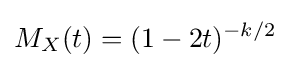
M_{X}(t)=(1-2t)^{-k/2}